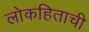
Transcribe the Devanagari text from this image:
लोकहिताची